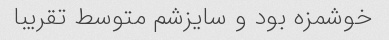
خوشمزه بود و سایزشم متوسط تقریبا